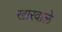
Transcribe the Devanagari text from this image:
खारवाले